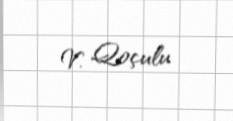
V. Qoçulu